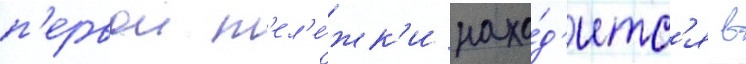
п'ервои т'ел'е́жк'и нахо́д'итс'я в